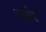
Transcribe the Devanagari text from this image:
ब्‍याधि